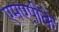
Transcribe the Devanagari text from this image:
एमएपीके